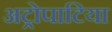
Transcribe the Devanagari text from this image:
अट्रोपाटिया